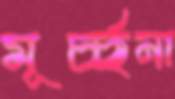
মূর্চ্ছনা